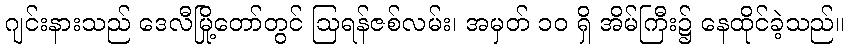
ဂျင်းနားသည် ဒေလီမြို့တော်တွင် ဩရန်ဇစ်လမ်း၊ အမှတ် ၁၀ ရှိ အိမ်ကြီး၌ နေထိုင်ခဲ့သည်။